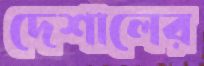
দেশালের